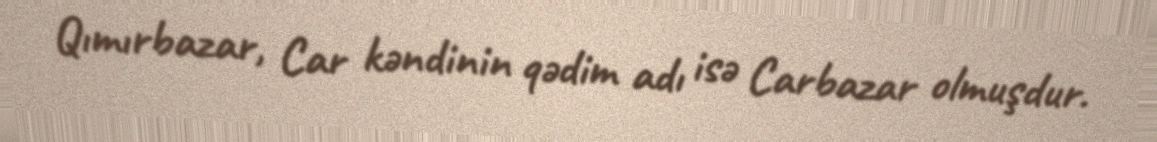
Qımırbazar, Car kəndinin qədim adı isə Carbazar olmuşdur.